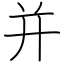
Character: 并